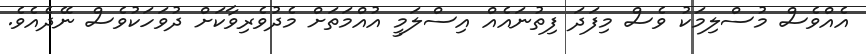
އެއްވެސް މުސްލިމަކު ވެސް މިފަދަ ފިތުނައެއް އިސްލަމީ އުއްމަތަށް މެދުވެރިވާކަށް ދުވަހަކުވެސް ނޭދެއެވެ.